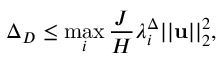
\Delta _ { D } \leq \operatorname* { m a x } _ { i } \frac { J } { H } \lambda _ { i } ^ { \Delta } | | \mathbf { u } | | _ { 2 } ^ { 2 } ,